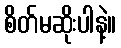
စိတ်မဆိုးပါနဲ့။